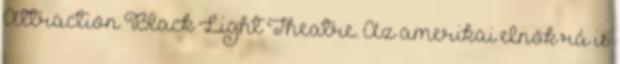
Attraction Black Light Theatre. Az amerikai elnök rá is